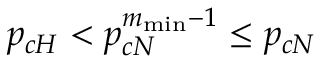
p _ { c H } < p _ { c N } ^ { m _ { \operatorname* { m i n } } - 1 } \leq p _ { c N }